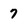
Character: 7